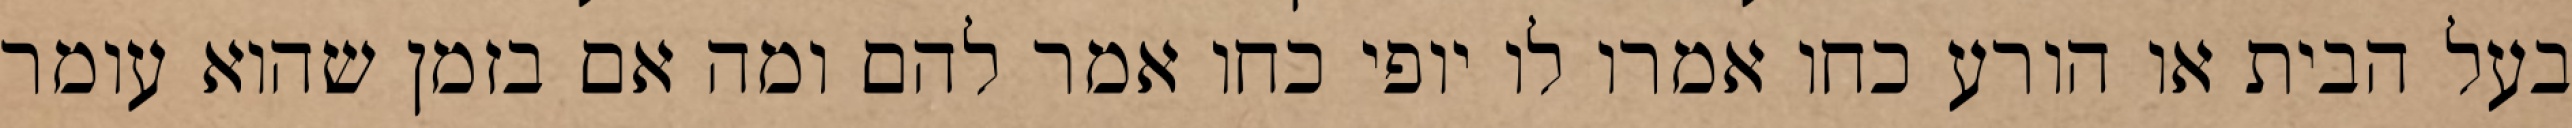
בעל הבית או הורע כחו אמרו לו יופי כחו אמר להם ומה אם בזמן שהוא עומר